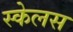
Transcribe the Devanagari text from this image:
स्केलस